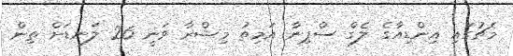
މެޗުގައި އިންޑިއާގެ ލެގް ސްޕިނާ އަމިތު މިޝްރާ ވަނީ 26 ލަނޑަށް ތިން